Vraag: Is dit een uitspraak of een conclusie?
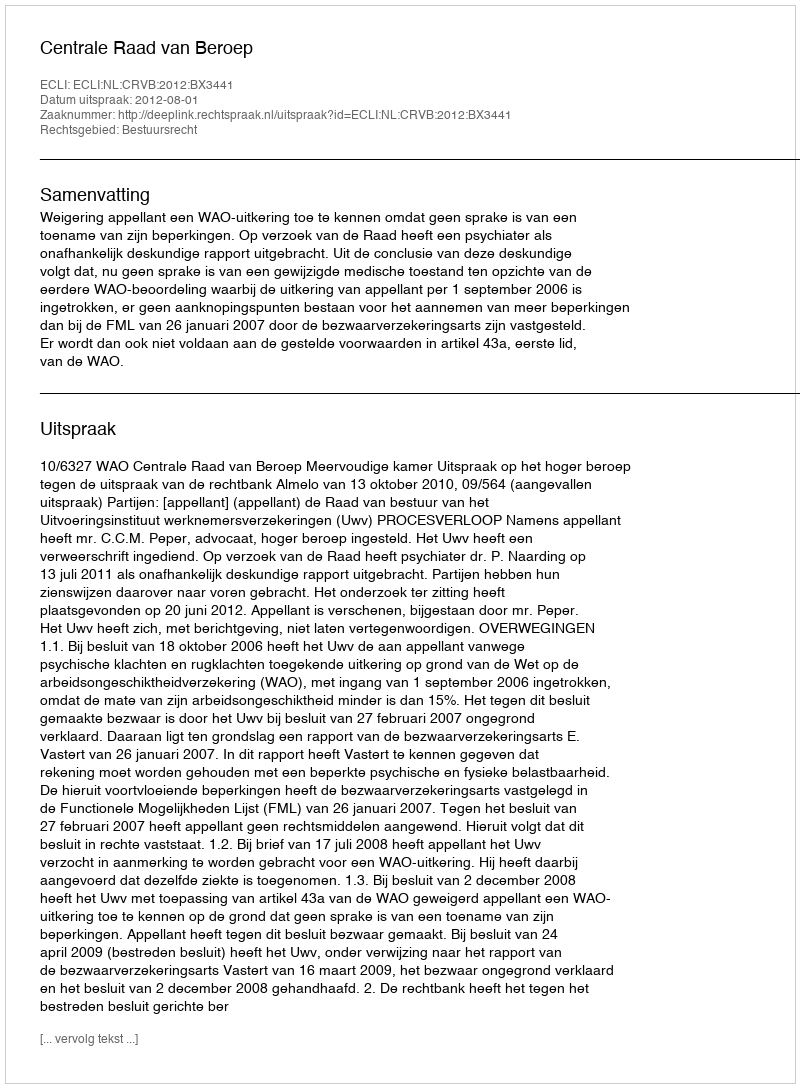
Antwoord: Uitspraak